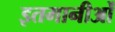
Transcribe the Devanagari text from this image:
इतमानीओं